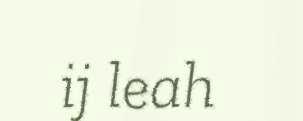
ij leah